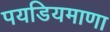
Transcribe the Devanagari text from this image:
पयडियमाणा